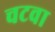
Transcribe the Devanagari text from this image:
चटवा